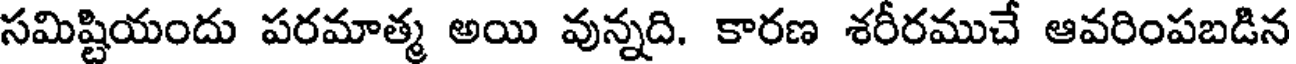
సమిష్టియందు పరమాత్మ అయి వున్నది. కారణ శరీరముచే ఆవరింపబడిన